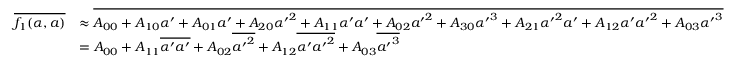
\begin{array} { r l } { \overline { { f _ { 1 } ( \alpha , a ) } } } & { \approx \overline { { A _ { 0 0 } + A _ { 1 0 } \alpha ^ { \prime } + A _ { 0 1 } a ^ { \prime } + A _ { 2 0 } { \alpha ^ { \prime } } ^ { 2 } + A _ { 1 1 } \alpha ^ { \prime } a ^ { \prime } + A _ { 0 2 } { a ^ { \prime } } ^ { 2 } + A _ { 3 0 } { \alpha ^ { \prime } } ^ { 3 } + A _ { 2 1 } { \alpha ^ { \prime } } ^ { 2 } a ^ { \prime } + A _ { 1 2 } \alpha ^ { \prime } { a ^ { \prime } } ^ { 2 } + A _ { 0 3 } { \alpha ^ { \prime } } ^ { 3 } } } } \\ & { = A _ { 0 0 } + A _ { 1 1 } \overline { { \alpha ^ { \prime } a ^ { \prime } } } + A _ { 0 2 } \overline { { { a ^ { \prime } } ^ { 2 } } } + A _ { 1 2 } \overline { { \alpha ^ { \prime } { a ^ { \prime } } ^ { 2 } } } + A _ { 0 3 } \overline { { { a ^ { \prime } } ^ { 3 } } } } \end{array}